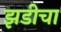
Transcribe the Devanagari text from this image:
झडीचा